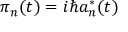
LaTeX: \pi _ { n } ( t ) = i \hbar a _ { n } ^ { * } ( t )